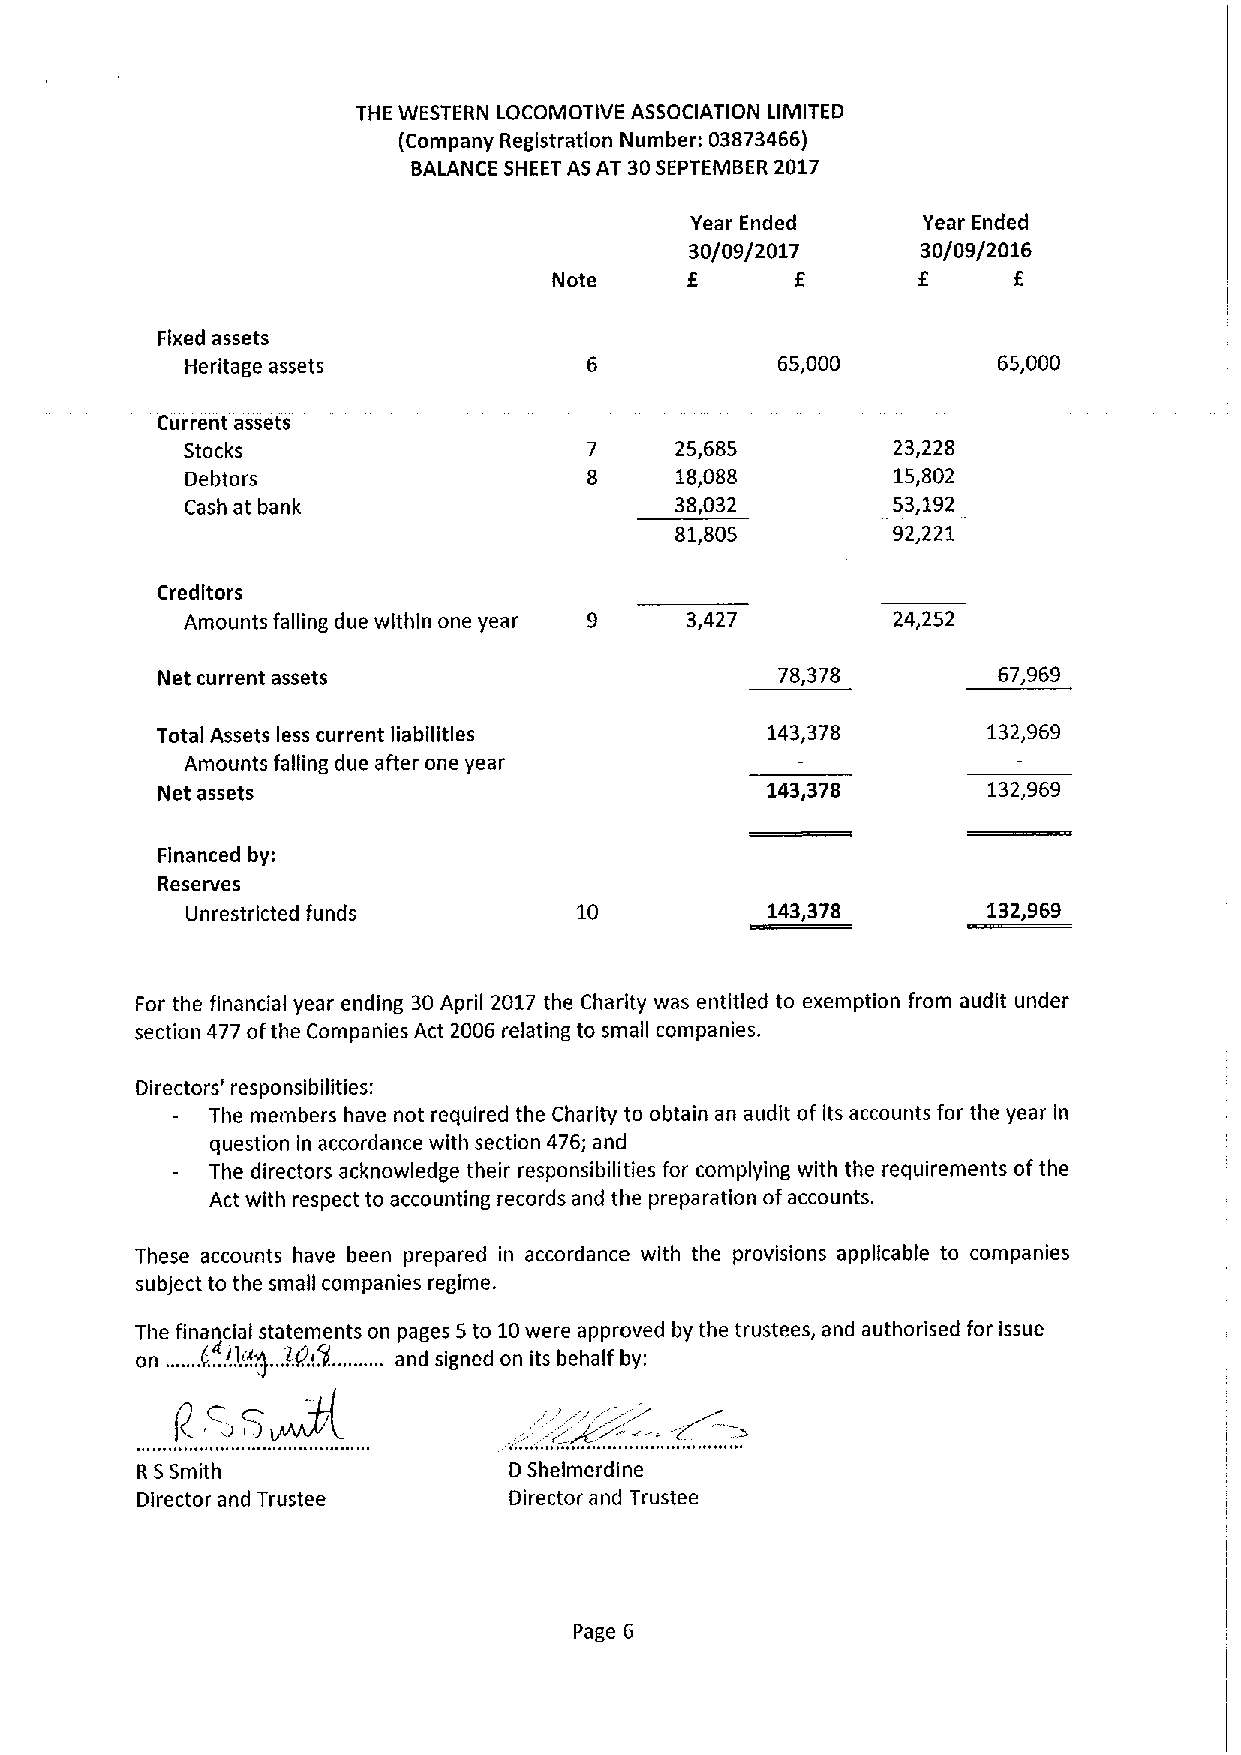
THE WESTERN LOCOMOTIVE ASSOCIATION LIMITED
 (Company Registration Number: 03873466)
 BALANCE SHEET AS AT 30SEPTEMBER 2017
 Year Ended     Year Ended
 30/09/2017     30/09/2016
 f               f
 Note            E             E
 Fixed assets
 Heritage assets                        65,000         65,000
 Current assets
 Stocks                     7     25,685        23,228
 Debtors                    8     18,088        15,802
 Cash at bank                     38,032        53,192
 81,805        92,221
 Creditors
 Amounts falling due within one year 9 3,427    24,252
 Net current assets                       78,378         67,969
 Total Assets less current liabilities    143,378       132,969
 Amounts falling due after one year
 Net assets                               143,378       132,969
 Financed by:
 Reserves
 Unrestricted funds        10           143,378       132,969
 For the financial year ending 30April 2017 the Charity was entitled to exemption from audit under
 section 477 ofthe Companies Act 2006 relating to small companies.
 Directors' responsibilities:
 The members have not required the Charity to obtain an audit of its accounts for the year in
 question in accordance with section 476; and
 The directors acknowledge their responsibilities for complying with the requirements ofthe
 Act with respect to accounting records and the preparation ofaccounts.
 These accounts have been prepared in accordance with the provisions applicable to companies
 subject to the small companies regime.
 The financial statements on pages 5to 10were approved by the trustees, and authorised for issue
 on .......(. ..rjg. ..fk!. I(.......... and signed on its behalf by:
 ' ~ii'
 R SSmith                 DShelmerdine
 Director and Trustee     Director and Trustee
 Page 6